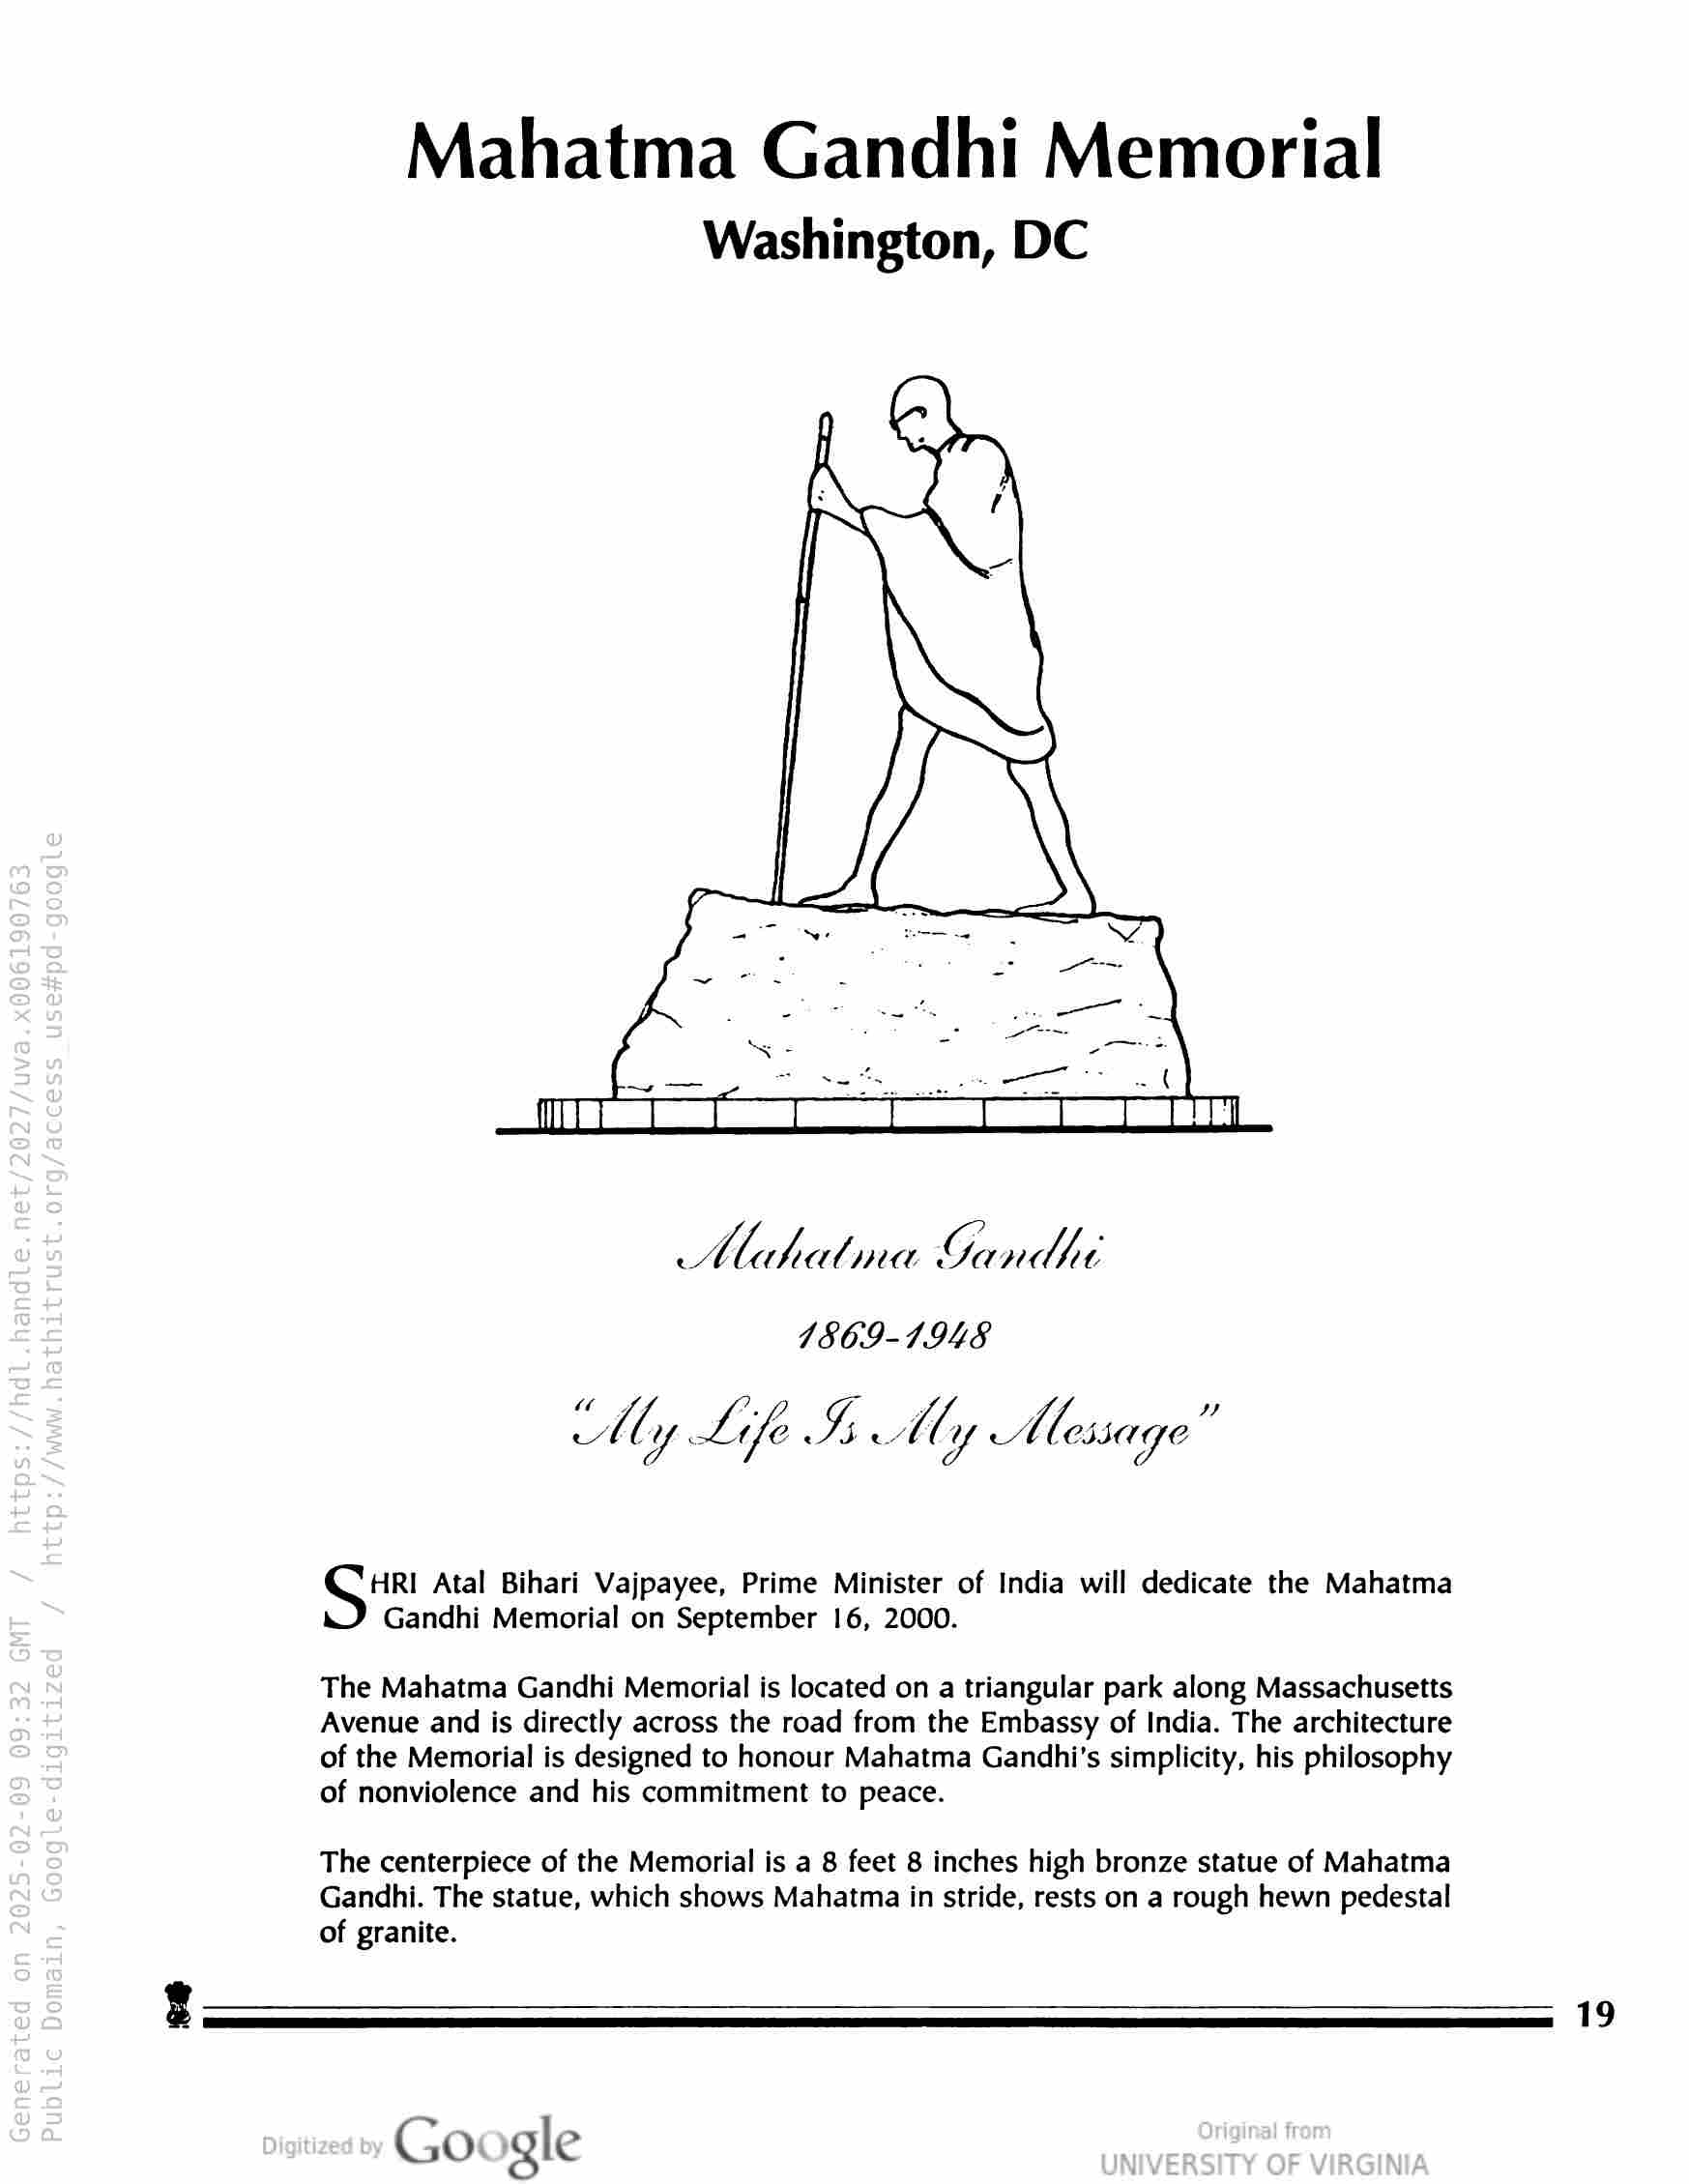
Mahatma Gandhi Memorial
Washington, DC

AMlahecbiner Gawilh t
1869-1948

HRI Atal Bihari Vajpayee, Prime Minister of India will dedicate the Mahatma
Gandhi Memorial on September 16, 2000.

The Mahatma Gandhi Memorial is located on a triangular park along Massachusetts
Avenue and is directly across the road from the Embassy of India. The architecture
of the Memorial is designed to honour Mahatma Gandhi's simplicity, his philosophy
of nonviolence and his commitment to peace.

The centerpiece of the Memorial is a 8 feet 8 inches high bronze statue of Mahatma
Gandhi. The statue, which shows Mahatma in stride, rests on a rough hewn pedestal
of granite.

Google

19